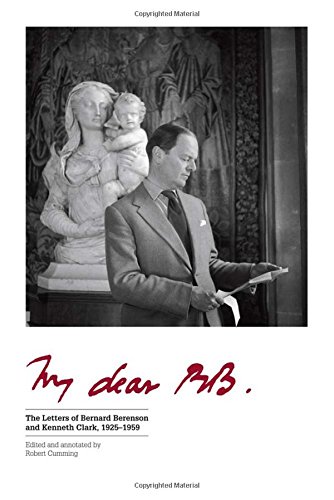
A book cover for My Dear BB . . .: The Letters of Bernard Berenson and Kenneth Clark, 1925EE1959; Literature & Fiction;